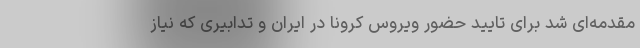
مقدمه‌ای شد برای تایید حضور ویروس کرونا در ایران و تدابیری که نیاز